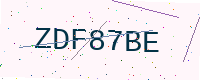
Text: ZDF87BE